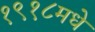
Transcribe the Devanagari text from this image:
१९१८मधे